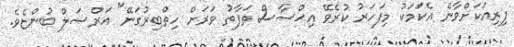
ފިރިއަކަށްވާނެ އެކަމަކު މިފަހަރު ކުރެވޭ އިޙްސާސް ތަފާތު ވަރަށް ހިތްބިރުގަނޭ" އަރްސަލް ބުންޏެވެ.